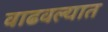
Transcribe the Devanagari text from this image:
वाढवल्यात